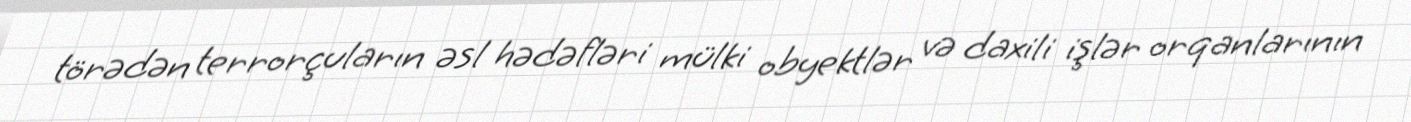
törədən terrorçuların əsl hədəfləri mülki obyektlər və daxili işlər orqanlarının